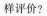
样评价？